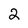
Character: 2